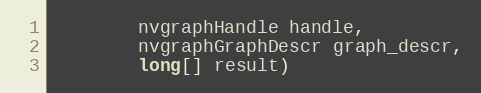
Language: Java
        nvgraphHandle handle,
        nvgraphGraphDescr graph_descr,
        long[] result)